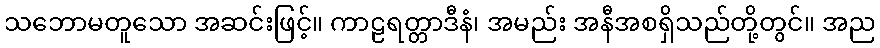
သဘောမတူသော အဆင်းဖြင့်။ ကာဠရတ္တာဒီနံ၊ အမည်း အနီအစရှိသည်တို့တွင်။ အည